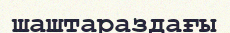
шаштараздағы